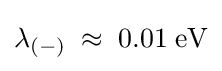
\lambda _{(-)}\;\approx \;\mathrm {0.01\;eV}